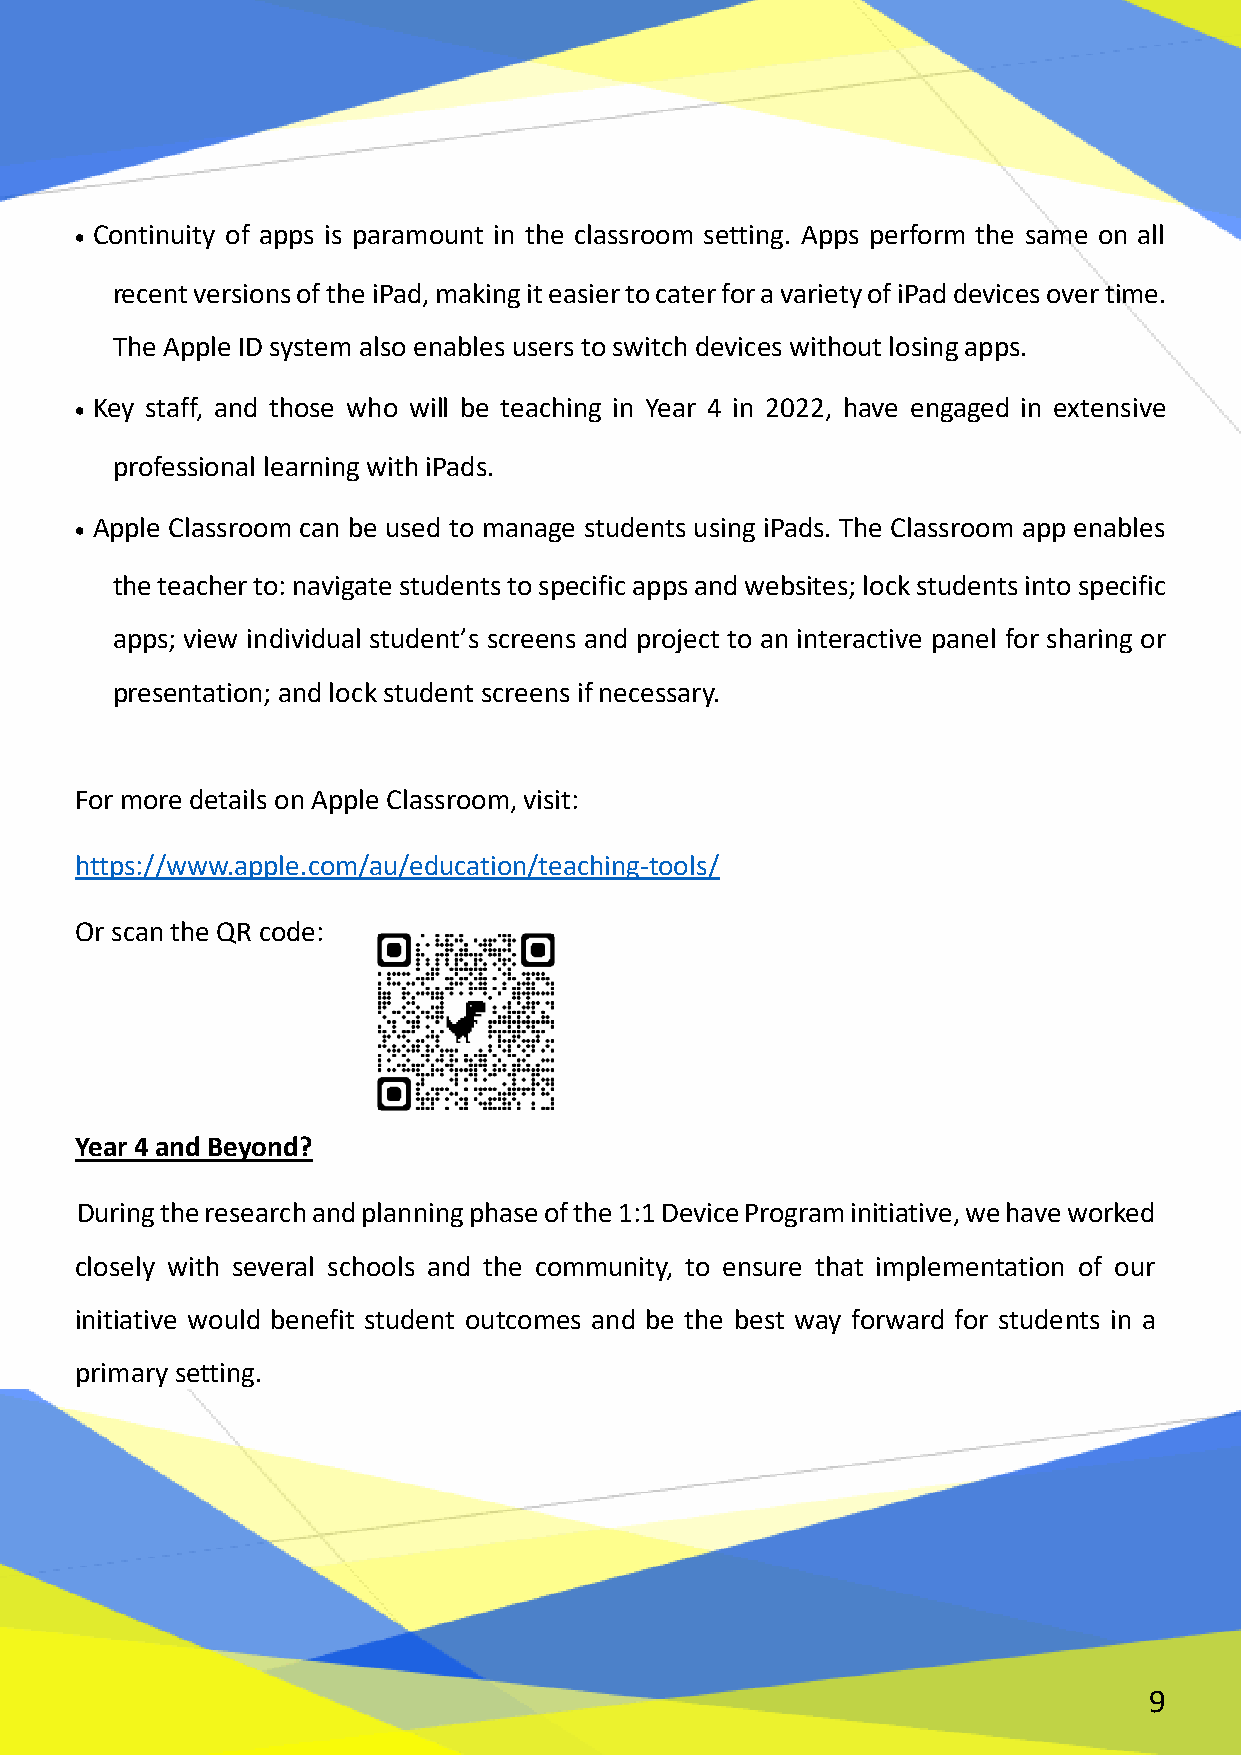
 Continuity of apps is paramount in the classroom setting. Apps perform the same on all
 recent versions of the iPad, making it easier to cater for a variety of iPad devices over time.
 The Apple ID system also enables users to switch devices without losing apps.
  Key staff, and those who will be teaching in Year 4 in 2022, have engaged in extensive
 professional learning with iPads.
  Apple Classroom can be used to manage students using iPads. The Classroom app enables
 the teacher to: navigate students to specific apps and websites; lock students into specific
 apps; view individual student’s screens and project to an interactive panel for sharing or
 presentation; and lock student screens if necessary.
 For more details on Apple Classroom, visit:
 https://www.apple.com/au/education/teaching-tools/
 Or scan the QR code:
 Year 4 and Beyond?
 During the research and planning phase of the 1:1 Device Program initiative, we have worked
 closely with several schools and the community, to ensure that implementation of our
 initiative would benefit student outcomes and be the best way forward for students in a
 primary setting.
 9